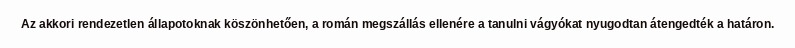
Az akkori rendezetlen állapotoknak köszönhetően, a román megszállás ellenére a tanulni vágyókat nyugodtan átengedték a határon.